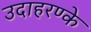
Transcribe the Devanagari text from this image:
उदाहरण्के